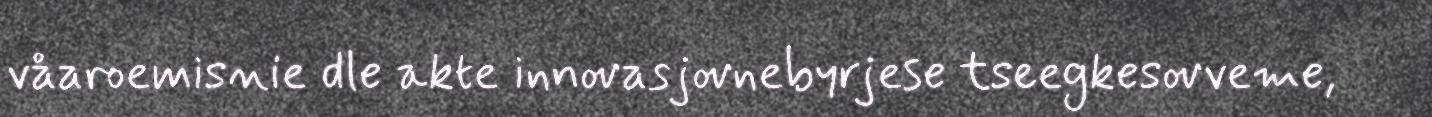
våaroemisnie dle akte innovasjovnebyrjese tseegkesovveme,